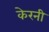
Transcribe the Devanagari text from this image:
केरनी